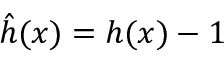
\hat { h } ( x ) = h ( x ) - 1